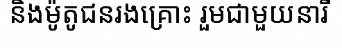
និងម៉ូតូជនរងគ្រោះ រួមជាមួយនារី